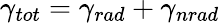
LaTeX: \gamma_{tot}=\gamma_{rad}+\gamma_{nrad}